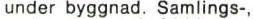
under byggnad. Samlings-,